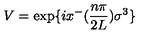
V = \exp \{ i x ^ { - } ( { \frac { n \pi } { 2 L } } ) { \sigma } ^ { 3 } \}